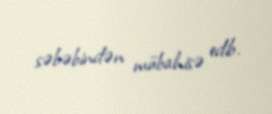
səbəbindən mübahisə edib.